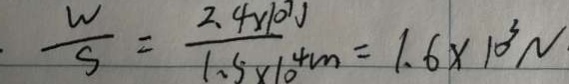
\frac { W } { S } = \frac { 2 . 4 x 1 0 ^ { 7 } J } { 1 . 5 \times 1 0 ^ { 4 } m } = 1 . 6 \times 1 0 ^ { 3 } N